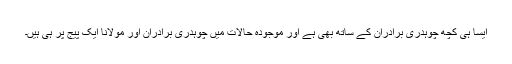
ایسا ہی کچھ چوہدری برادران کے ساتھ بھی ہے اور موجودہ حالات میں چوہدری برادران اور مولانا ایک پیج پر ہی ہیں۔